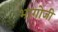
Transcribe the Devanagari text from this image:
भागोजी